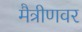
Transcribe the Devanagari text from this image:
मैत्रीणवर